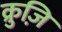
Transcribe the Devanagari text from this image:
क्रुज़ि